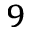
^ { 9 }